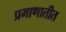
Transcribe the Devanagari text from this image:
प्रमाणातीत